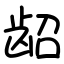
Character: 龆